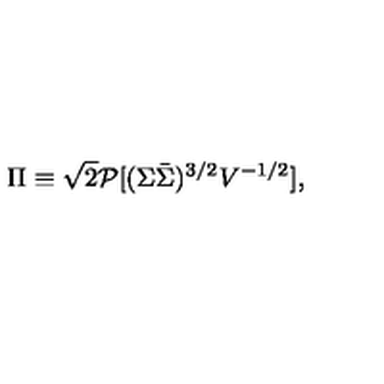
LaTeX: \Pi \equiv \sqrt { 2 } { \cal P } [ ( \Sigma \bar { \Sigma } ) ^ { 3 / 2 } V ^ { - 1 / 2 } ] ,